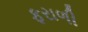
ફરાળી